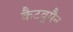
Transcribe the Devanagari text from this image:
कैटवूमैन